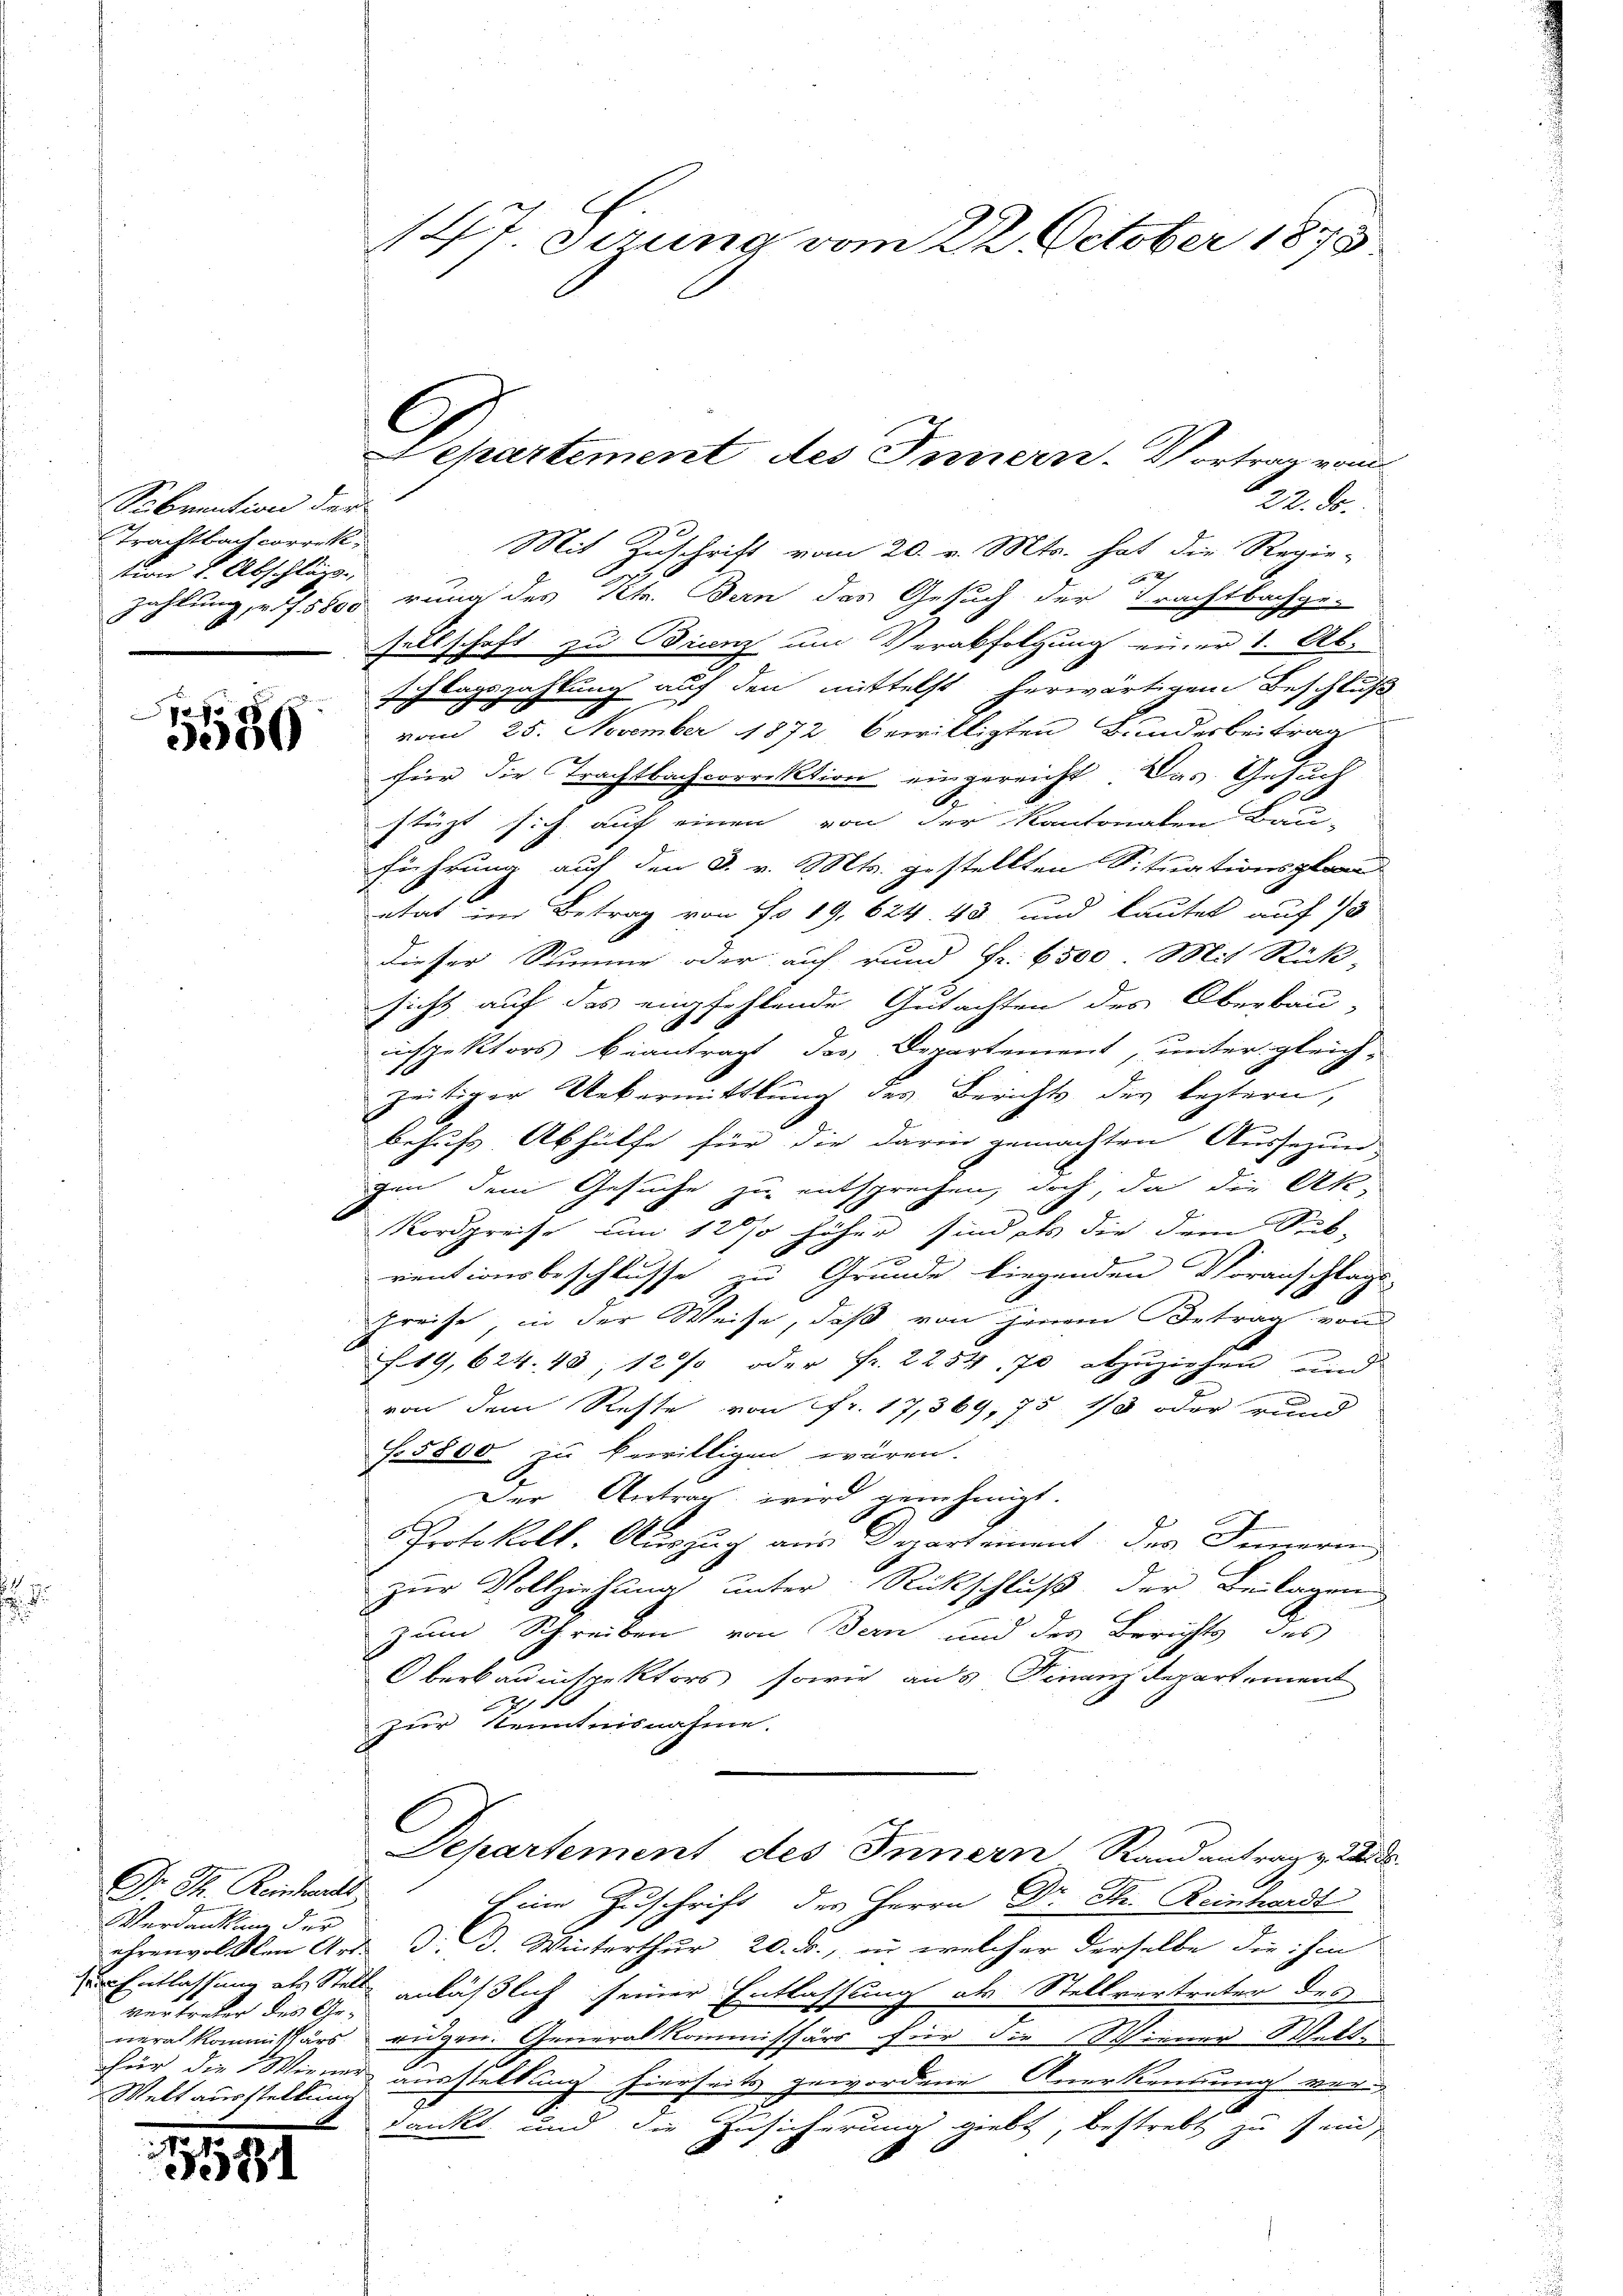
Sebrention der
Trachtbachcorrekt.
tion v. Abschläge

e
06

Dr. H. Reichwell
Verdankung der
vertreter des General kommissars.
Weltausstellung

181

147. Seung vom 22. October 1875

A. S.
Mit Zuschrift vom 20. v. Mts. hat die Regie-
 xx
zahlung, u. f. 5800 rung des Kt. Bern das Gesuch der Trachtbachge-
sellschaft zu Branz um Verabfolgung einer 1. Ab-
schlagszahlung auf den mittelst herwärtigem Beschluß
vom 25. November 1872 bewilligten Bunderbeitrag
für die Trachtbachcorrektion eingereicht. Das Gesuch
stüzt sich auf einen von der Kantonalen Bau-
führung auf den 3. v. d. Mts. gestellten Situationsplan
etat im Betrag von Fr. 19. 624 43 und lautet auf 13
Dieser Summe oder auf rund Fr. 6500. Mit Rück-
sicht auf das empfehlende Gutachten des Oberbau-
icspektors beantragt des Departement, unter gleich-
zeitiger Uebermittlung des Berichts des leztern,
e
behufs Abhülfe für die darin gemachten Aussezun
gen dem Gesuche zu entsprechen, doch, da die Ak
Nordpreise um 12 % höher sind als die dem Sub-
rentionsbeschlusse zu Grunde liegenden Voranschlags-
preise in der Weise, daß von jenem Betrag von
f19, 624. 43, 12 oder fr. 2254. 70 abzuziehen und
von dem Reste von fr. 17,569, 75 1/3 oder rund
f 5800 zu bewilligen wären.
Der Antrag wird genehmigt.
Protokoll-Auszug aus Departement des Inneren
zur Vollziehung unter Rückschluß der Beilagen
zum Schreiben von Bern und des Berichts des
Oberbauinspektors, sowie aus Finanzdepartement
671
zur Kenntnisnahme.
Departement des Innern Randantrag v. Js.
Eine Zuschrift des Herrn Dr. Hr. Reinhardt
ehrenvollen Art. d. d. Winterthur 20. ds., in welcher derselbe die ihm
r Entlassung als Stelle anläßlich seiner Entlassung als Stellvertreter des
rugen. Generalkommissärs für die Wiener Wette
—
für die Wiener ausstellung hierseits gewordene Anerkennung ver¬
I
dankt und die Zusicherung giebt, bestrebt zu sein,

G
epartement des Innern. Vortrag vom